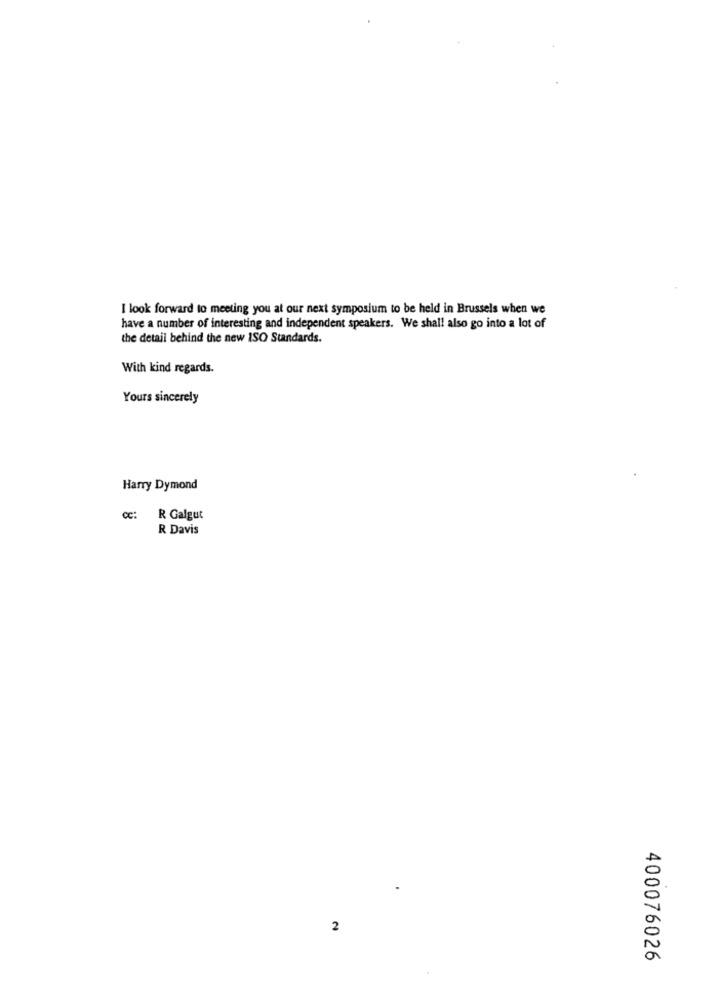
I look forward to meeting you at our next symposium to be held in Brussels when we
have a number of interesting and independent speakers. We shall also go into a lot of
the detail behind the new ISO Standards.
With kind regards.
Yours sincerely
Harry Dymond
CC:
R Galgut
R Davis
2
400076026